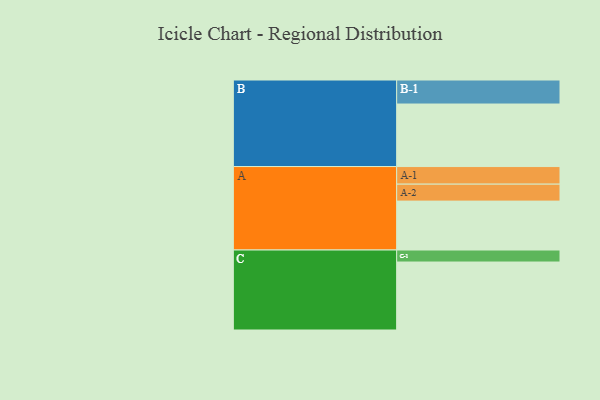
{"axis": {"x": "Segment", "y": "Value"}, "legend": ["", "A", "B", "C"], "data": [{"x": "A", "y": 395, "type": ""}, {"x": "B", "y": 505, "type": ""}, {"x": "C", "y": 549, "type": ""}, {"x": "A-1", "y": 142, "type": "A"}, {"x": "A-2", "y": 137, "type": "A"}, {"x": "B-1", "y": 194, "type": "B"}, {"x": "C-1", "y": 97, "type": "C"}]}